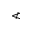
\nless